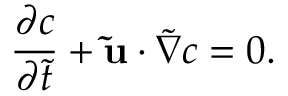
\frac { \partial c } { \partial \Tilde { t } } + \mathbf { \Tilde { u } } \cdot \boldsymbol { \Tilde { \boldsymbol { \nabla } } } c = 0 .